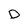
Character: D